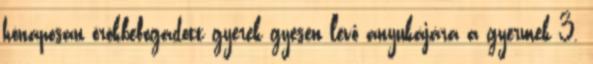
hónaposan örökbefogadott gyerek gyesen levő anyukájára a gyermek 3.